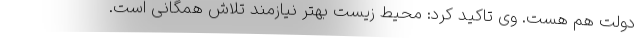
دولت هم هست. وی تاکید کرد: محیط زیستِ بهتر نیازمند تلاش همگانی است.